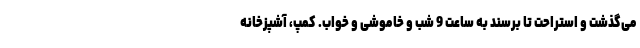
می‌گذشت و استراحت تا برسند به ساعت 9 شب و خاموشی و خواب. کمپ، آشپزخانه